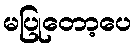
မပြုတော့ပေ